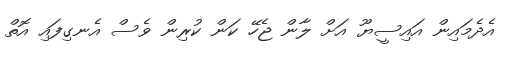
އެދެމައިން އައިސީޔޫ އަށް ލާން ޖެހޭ ކަން ކުރިން ވެސް އެނގިފައި އޮތް